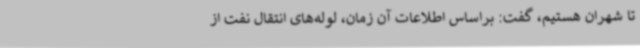
تا شهران هستیم، گفت: براساس اطلاعات آن زمان، لوله‌های انتقال نفت از